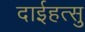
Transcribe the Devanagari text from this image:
दाईहत्सु